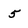
Character: 5